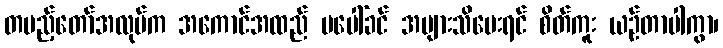
တပည့်တော်အလုပ်က အကောင်အထည် မပေါ်ခင် အများသိပေးရင် စိတ်ကူး ယဉ်တာပါကွာ၊